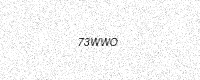
Text: 73WWO